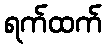
ရက်ထက်